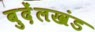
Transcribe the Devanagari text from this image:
बुदेंलखंड